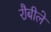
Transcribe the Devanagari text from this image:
रौबीले